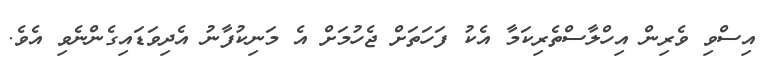
އިސްވި ވެރިން އިހްލާސްތެރިކަމާ އެކު ފަހަތަށް ޖެހުމަށް އެ މަނިކުފާނު އެދިވަޑައިގެންނެވި އެވެ.